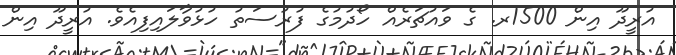
އުރީދޫ އިން 1500ރ. ގެ ވައުޗަރެއް ހޯދުމުގެ ފުރުސަތު ހުޅުވާލައިފިއެވެ. އުރީދޫ އިން